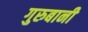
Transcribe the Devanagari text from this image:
गुरुबानी